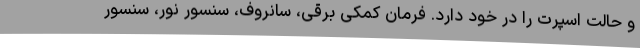
و حالت اسپرت را در خود دارد. فرمان کمکی برقی، سانروف، سنسور نور، سنسور